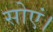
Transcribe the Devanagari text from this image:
सोएं।